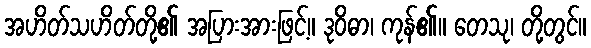
အဟိတ်သဟိတ်တို့၏ အပြားအားဖြင့်။ ဒုဝိဓာ၊ ကုန်၏။ တေသု၊ တို့တွင်။